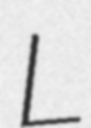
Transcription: L